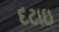
દટાઇ